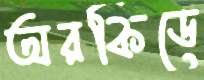
অরকিডে